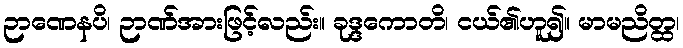
ဉာဏေနပိ၊ ဉာဏ်အားဖြင့်လည်း။ ခုဒ္ဒကောတိ၊ ငယ်၏ဟူ၍။ မာမညိတ္ထ၊